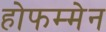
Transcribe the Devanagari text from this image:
होफम्मेन